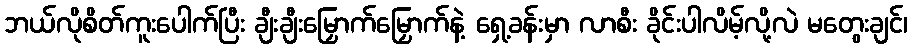
ဘယ်လိုစိတ်ကူးပေါက်ပြီး ချီးချီးမြှောက်မြှောက်နဲ့ ရှေ့ခန်းမှာ လာစီး ခိုင်းပါလိမ့်လို့လဲ မတွေးချင်၊